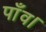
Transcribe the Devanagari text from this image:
पाँव।